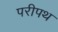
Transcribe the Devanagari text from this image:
परीपथ